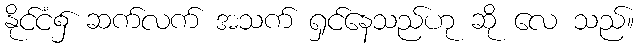
နိုင်ငံ၌ ဆက်လက် အသက် ရှင်နေသည်ဟု ဆို လေ သည်။